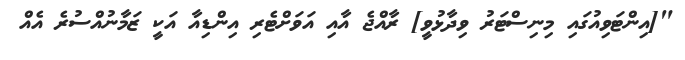
"[އިންޓަވިއުގައި މިނިސްޓަރު ވިދާޅުވީ] ރާއްޖެ އާއި އަވަށްޓެރި އިންޑިއާ އަކީ ޒަމާނުއްސުރެ އެއް